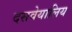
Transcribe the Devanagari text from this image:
दसवेयालिय